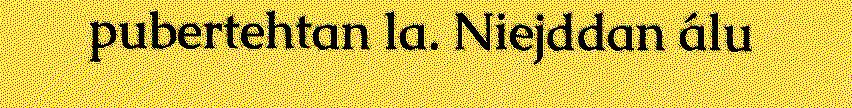
pubertehtan la. Niejddan álu